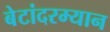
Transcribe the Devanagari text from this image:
बेटांदरम्यान